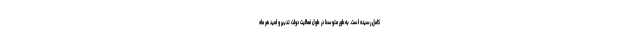
کامل رسیده است. به‌طور متوسط در طول فعالیت دولت تدبیر و امید هر ماه